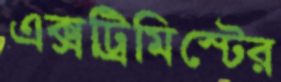
এক্সট্রিমিস্টের